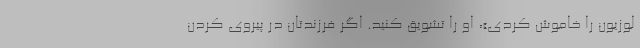
لوزیون را خاموش کردی»، او را تشویق کنید. اگر فرزندتان در پیروی کردن